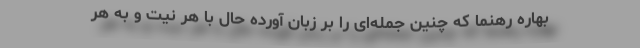
بهاره رهنما که چنین جمله‌ای را بر زبان آورده حال با هر نیت و به هر